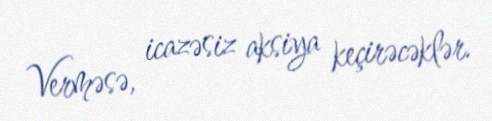
Verməsə, icazəsiz aksiya keçirəcəklər.